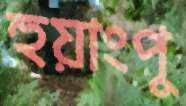
হুয়াংপু